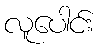
လူပေါင်း